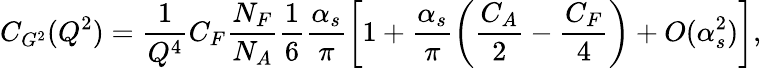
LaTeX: C_{G^{2}}(Q^{2})=\frac{1}{Q^{4}}C_{F}\frac{N_{F}}{N_{A}}\frac{1}{6}\frac{\alpha_{s}}{\pi}\biggl[1+\frac{\alpha_{s}}{\pi}\biggl(\frac{C_{A}}{2}-\frac{C_{F}}{4}\biggr)+O(\alpha_{s}^{2})\biggr],